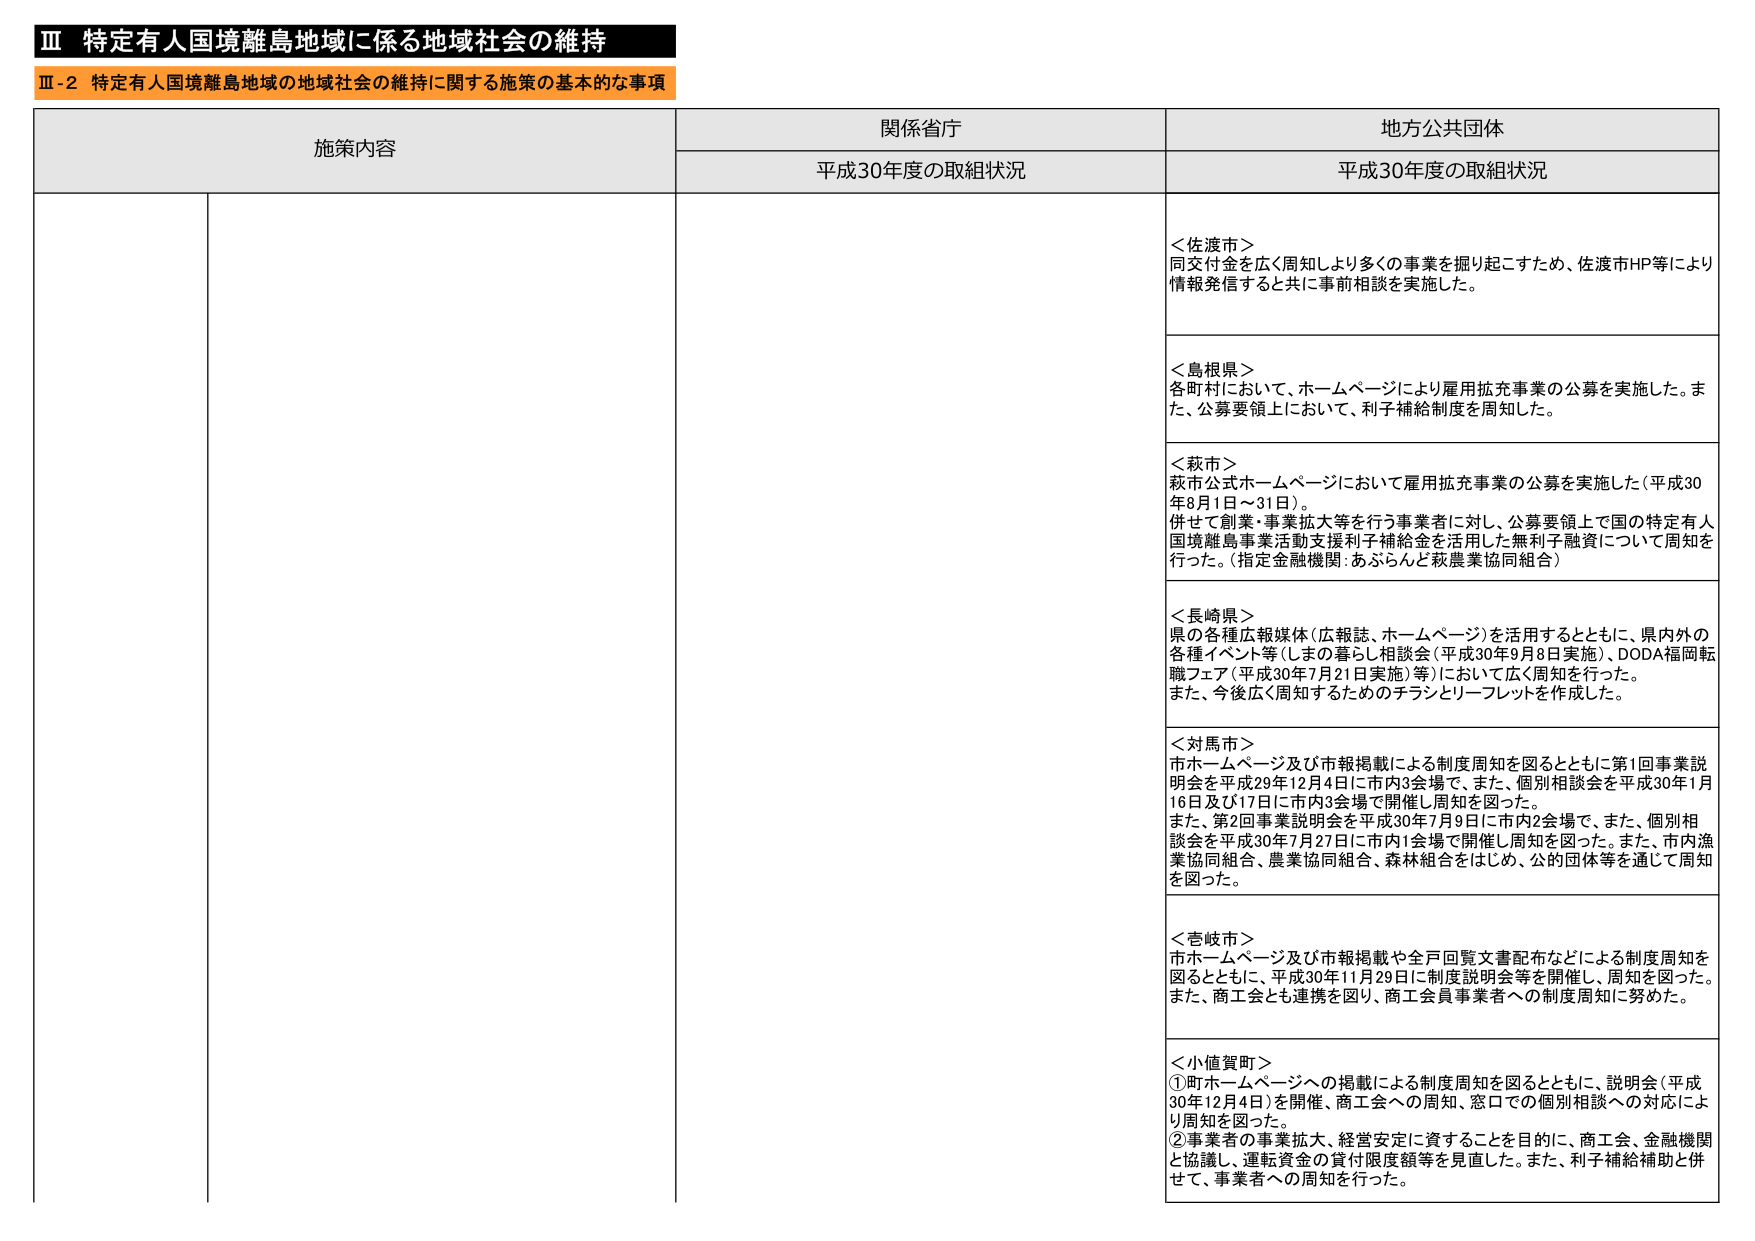
Ⅲ 特定有人国境離島地域に係る地域社会の維持
Ⅲ-2 特定有人国境離島地域の地域社会の維持に関する施策の基本的な事項

施策内容 関係省庁 地方公共団体
平成30年度の取組状況 平成30年度の取組状況

＜佐渡市＞
同交付金を広く周知しより多くの事業を掘り起こすため、佐渡市HP等により情報発信すると共に事前相談を実施した。

＜島根県＞
各町村において、ホームページにより雇用拡充事業の公募を実施した。また、公募要領上において、利子補給制度を周知した。

＜萩市＞
萩市公式ホームページにおいて雇用拡充事業の公募を実施した（平成30年8月1日～31日）。
併せて創業・事業拡大等を行う事業者に対し、公募要領上で国の特定有人国境離島事業活動支援利子補給金を活用した無利子融資について周知を行った。（指定金融機関：あぶらんど萩農業協同組合）

＜長崎県＞
県の各種広報媒体（広報誌、ホームページ）を活用するとともに、県内外の各種イベント等（しまの暮らし相談会（平成30年9月8日実施）、DODA福岡転職フェア（平成30年7月21日実施）等）において広く周知を行った。
また、今後広く周知するためのチラシとリーフレットを作成した。

＜対馬市＞
市ホームページ及び市報掲載による制度周知を図るとともに第1回事業説明会を平成29年12月4日に市内3会場で、また、個別相談会を平成30年1月16日及び17日に市内3会場で開催し周知を図った。
また、第2回事業説明会を平成30年7月9日に市内2会場で、また、個別相談会を平成30年7月27日に市内1会場で開催し周知を図った。また、市内漁業協同組合、農業協同組合、森林組合をはじめ、公的団体等を通じて周知を図った。

＜壱岐市＞
市ホームページ及び市報掲載や全戸回覧文書配布などによる制度周知を図るとともに、平成30年11月29日に制度説明会等を開催し、周知を図った。また、商工会とも連携を図り、商工会員事業者への制度周知に努めた。

＜小値賀町＞
①町ホームページへの掲載による制度周知を図るとともに、説明会（平成30年12月4日）を開催、商工会への周知、窓口での個別相談への対応により周知を図った。
②事業者の事業拡大、経営安定に資することを目的に、商工会、金融機関と協議し、運転資金の貸付限度額等を見直した。また、利子補給補助と併せて、事業者への周知を行った。